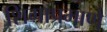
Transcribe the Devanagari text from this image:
शिंगाप्रमाणे